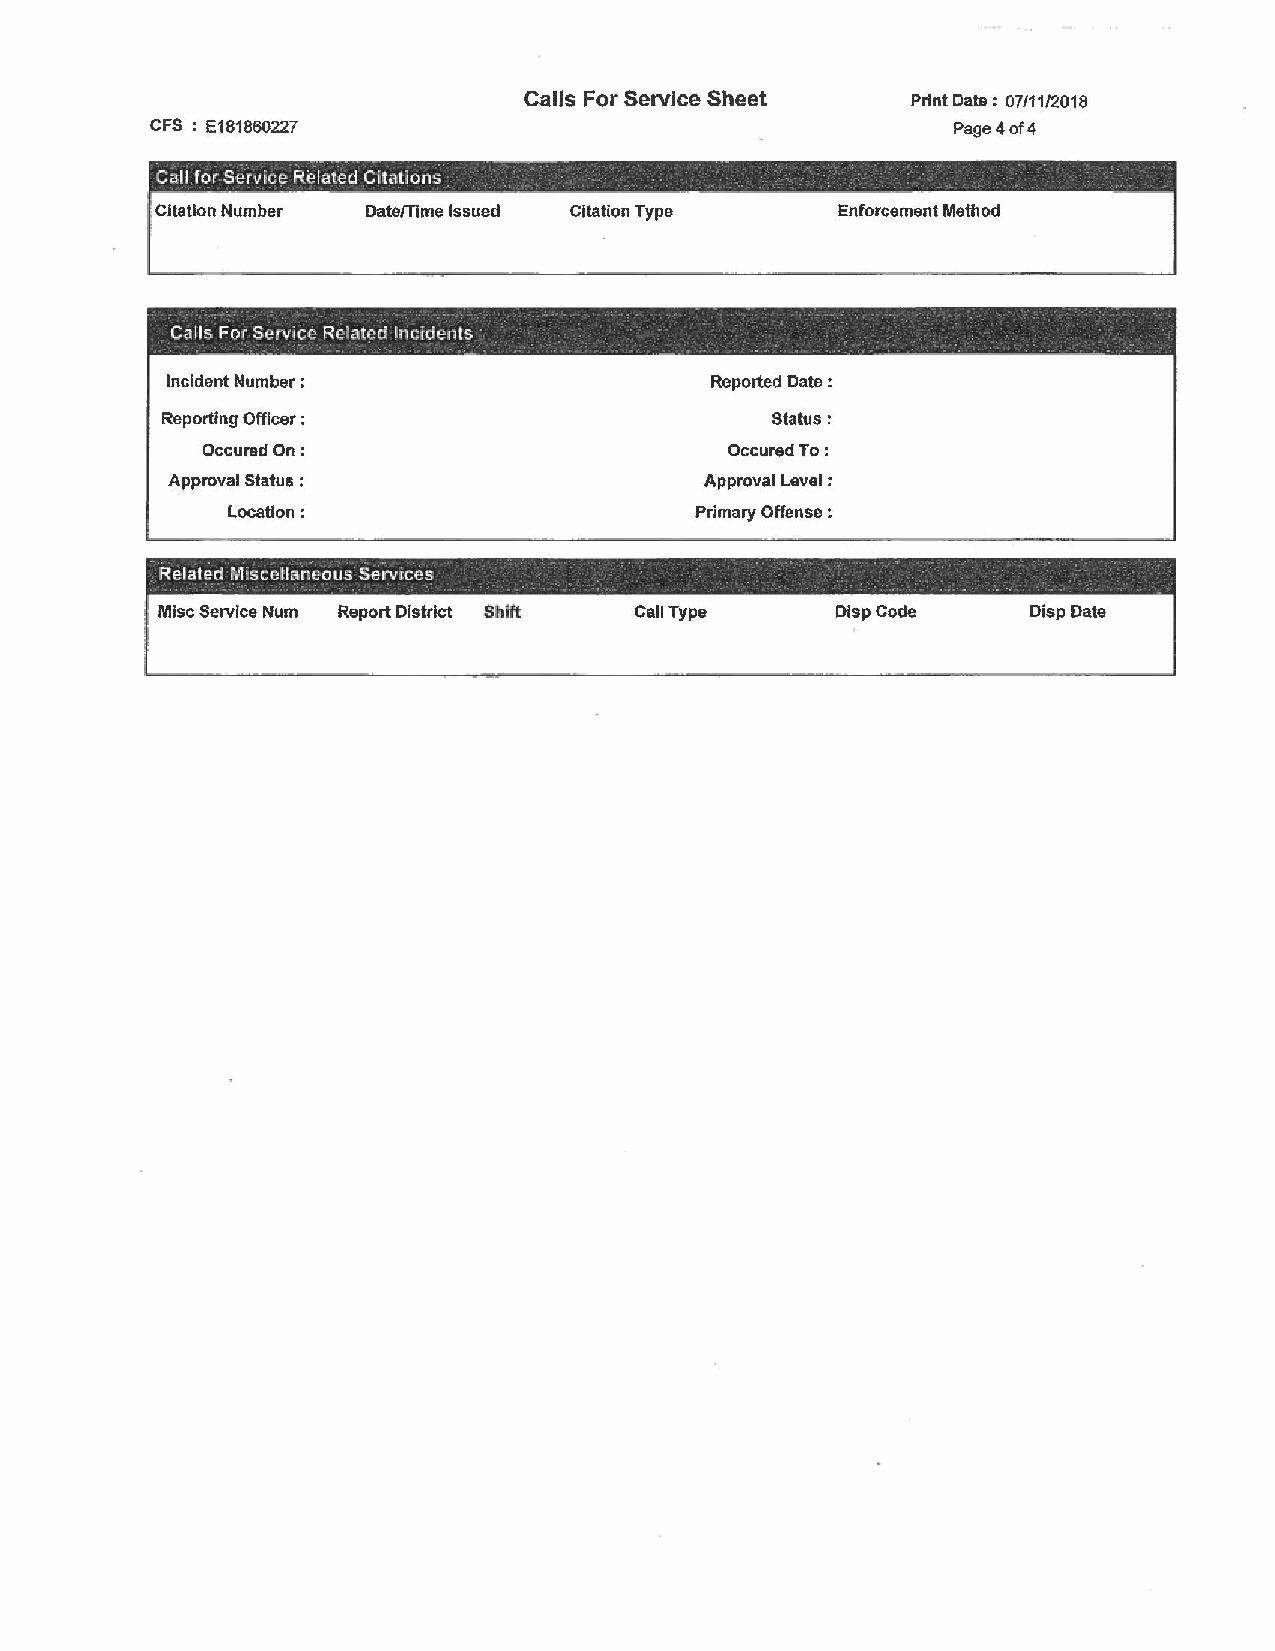
Calls For Service Sheet  Print Date: 07/11/2018
 CFS : E181860227                                     Page4of4
 -                                          .
 Call for Servi,ce Related Citallons                             .
 Citation Number Date/Time Issued Citation Type Enforcement Method
 --        -       ~   -     -     ~- -~  -- -                    -
 Calls For s~1vicc Related Incidents
 .                      .
 Incident Number :                   Reported Date :
 ' Reporting Officer :                    Status:
 Occured On:                        OccuredTo:
 Approval Status :                   Approval Level :
 Location:                      Primary Offense :
 Related Miscellr:meous Services
 Misc Service Num Report District Shift Call Type Dlsp Code Disp Date